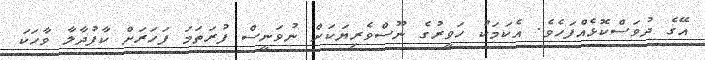
އޭގެ ދުވަސްކޮޅެއްފަހެވެ. އެކަމަކު ހަވީރުގެ ނޫސްވެރިޔަކަށް ނުވަނީސް ފުރަތަމަ ފަހަރަށް ކާފުދާލާ ވާހަކަ